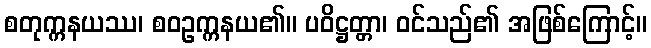
စတုက္ကနယဿ၊ စဝဥက္ကနယ၏။ ပဝိဋ္ဌတ္တာ၊ ဝင်သည်၏ အဖြစ်ကြောင့်။